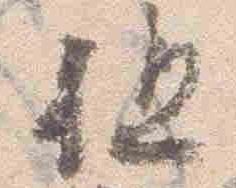
但